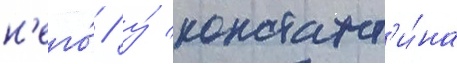
н'его́ / у́ констант'и́на